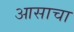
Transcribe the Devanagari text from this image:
आसाचा